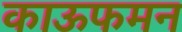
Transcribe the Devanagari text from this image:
काऊफमन